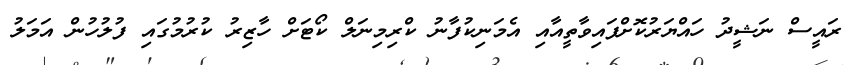
ރައީސް ނަޝީދު ހައްޔަރުކޮށްފައިވާތީއާއި އެމަނިކުފާނު ކްރިމިނަލް ކޯޓަށް ހާޒިރު ކުރުމުގައި ފުލުހުން އަމަލު